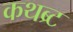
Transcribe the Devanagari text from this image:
कथब्र्ट